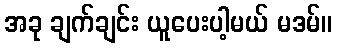
အခု ချက်ချင်း ယူပေးပါ့မယ် မဒမ်။